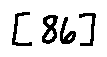
[ 8 6 ]